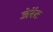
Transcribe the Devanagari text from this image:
जेरेंट